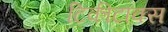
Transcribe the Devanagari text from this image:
टिकीटाक्स